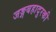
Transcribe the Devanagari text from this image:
जङ्गबहादुरकी